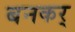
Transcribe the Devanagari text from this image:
बनकर्